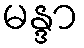
မန္ဒာ